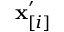
\mathbf { x } _ { [ i ] } ^ { \prime }